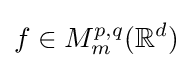
f\in M_{m}^{p,q}(\mathbb {R} ^{d})